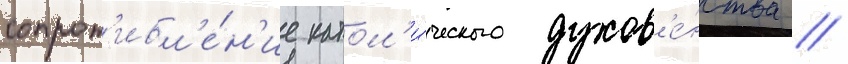
сопрот'ивл'е́н'ие катол'и́ческого духов'е́нства //